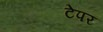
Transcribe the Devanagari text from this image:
टेपर